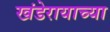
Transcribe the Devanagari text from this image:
खंडेरायाच्या